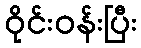
ဝိုင်းဝန်းပြီး